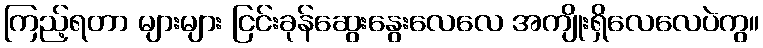
ကြည့်ရတာ များများ ငြင်းခုန်ဆွေးနွေးလေလေ အကျိုးရှိလေလေပဲကွ။